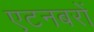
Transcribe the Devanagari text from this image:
एटनबरों